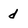
Character: d